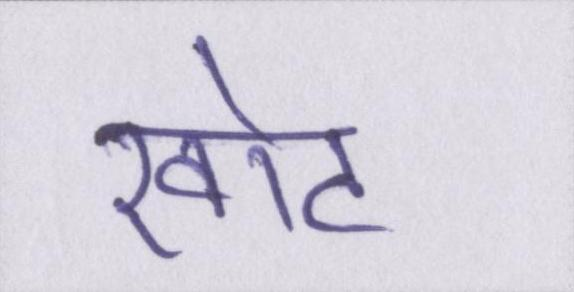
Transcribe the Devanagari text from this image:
खोट